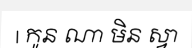
| កូន ណា មិន ស្វា